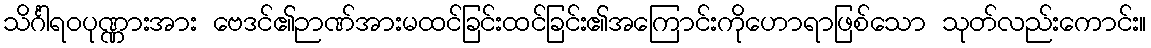
သိင်္ဂါရဝပုဏ္ဏားအား ဗေဒင်၏ဉာဏ်အားမထင်ခြင်းထင်ခြင်း၏အကြောင်းကိုဟောရာဖြစ်သော သုတ်လည်းကောင်း။